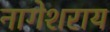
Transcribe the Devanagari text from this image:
नागेशराय